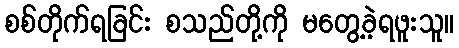
စစ်တိုက်ရခြင်း စသည်တို့ကို မတွေ့ခဲ့ရဖူးသူ။